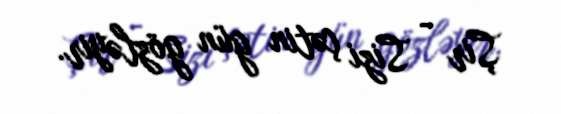
Şir - Sizi çətin gün gözləyir.